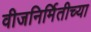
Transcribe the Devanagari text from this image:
वीजनिर्मितीच्या